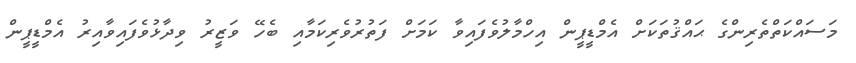
މަސައްކަތްތެރިންގެ ޙައްޤުތަކަށް އެމްޑީޕީން އިހްމާލުވެފައިވާ ކަމަށް ފަތުރުވެރިކަމާއި ބެހޭ ވަޒީރު ވިދާޅުވެފައިވާއިރު އެމްޑީޕީން